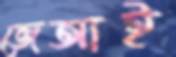
জেআই